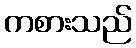
ကစားသည်